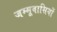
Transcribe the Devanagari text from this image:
जम्मूवासियों